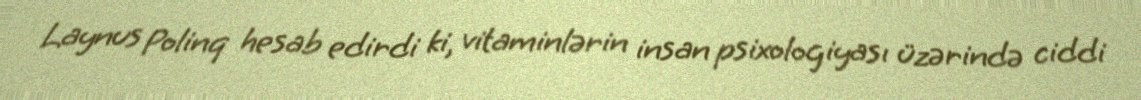
Laynus Polinq hesab edirdi ki, vitaminlərin insan psixologiyası üzərində ciddi